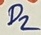
Text: D2